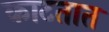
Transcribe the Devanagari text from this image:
काटतात